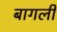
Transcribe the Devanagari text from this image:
बागली